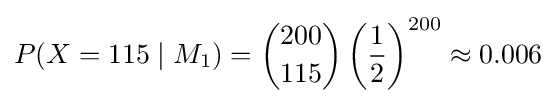
P(X=115\mid M_{1})={200 \choose 115}\left({1 \over 2}\right)^{200}\approx 0.006